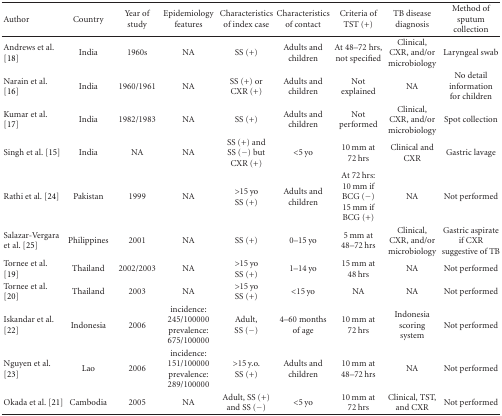
<table><thead><tr><td><b> Author</b></td><td><b>Country</b></td><td><b>Year of study</b></td><td><b>Epidemiology features</b></td><td><b>Characteristics of index case</b></td><td><b>Characteristics of contact</b></td><td><b>Criteria of TST (+)</b></td><td><b>TB disease diagnosis</b></td><td><b>Method of sputum collection</b></td></tr></thead><tbody><tr><td>Andrews et al. [18]</td><td>India</td><td>1960s</td><td>NA</td><td> SS (+)</td><td> Adults and children</td><td>At 48–72 hrs, not specified</td><td> Clinical, CXR, and/or microbiology</td><td>Laryngeal swab</td></tr><tr><td>Narain et al. [16]</td><td>India</td><td>1960/1961</td><td>NA</td><td>SS (+) or CXR (+)</td><td>Adults and children</td><td>Not explained</td><td>NA</td><td>No detail information for children</td></tr><tr><td>Kumar et al. [17]</td><td>India</td><td>1982/1983</td><td>NA</td><td> SS (+)</td><td>Adults and children</td><td>Not performed</td><td>Clinical, CXR, and/or microbiology</td><td>Spot collection</td></tr><tr><td>Singh et al. [15]</td><td>India</td><td>NA</td><td>NA</td><td>SS (+) and SS (−) but CXR (+)</td><td>&lt;5 yo</td><td>10 mm at 72 hrs</td><td>Clinical and CXR</td><td>Gastric lavage</td></tr><tr><td>Rathi et al. [24]</td><td>Pakistan</td><td>1999</td><td>NA</td><td>&gt;15 yo SS (+)</td><td>Adults and children</td><td>At 72 hrs: 10 mm if BCG (−) 15 mm if BCG (+)</td><td>NA</td><td>Not performed</td></tr><tr><td>Salazar-Vergara et al. [25]</td><td>Philippines</td><td>2001</td><td>NA</td><td>SS (+)</td><td>0–15 yo</td><td>5 mm at 48–72 hrs</td><td>Clinical, CXR, and/or microbiology</td><td>Gastric aspirate if CXR suggestive of TB</td></tr><tr><td>Tornee et al. [19]</td><td>Thailand</td><td>2002/2003</td><td>NA</td><td>&gt;15 yo SS (+)</td><td>1–14 yo</td><td>15 mm at 48 hrs</td><td>NA</td><td>Not performed</td></tr><tr><td>Tornee et al. [20]</td><td>Thailand</td><td> 2003</td><td>NA</td><td>&gt;15 yo SS (+)</td><td>&lt;15 yo</td><td>NA</td><td>NA</td><td>Not performed</td></tr><tr><td>Iskandar et al. [22]</td><td>Indonesia</td><td>2006</td><td>incidence: 245/100000 prevalence: 675/100000</td><td>Adult, SS (−)</td><td>4–60 months of age</td><td>10 mm at 72 hrs</td><td>Indonesia scoring system</td><td>Not performed</td></tr><tr><td>Nguyen et al. [23]</td><td>Lao</td><td>2006</td><td>incidence: 151/100000 prevalence: 289/100000</td><td>&gt;15 y.o. SS (+)</td><td>Adults and children</td><td>10 mm at 48–72 hrs</td><td>NA</td><td>Not performed</td></tr><tr><td>Okada et al. [21]</td><td>Cambodia</td><td>2005</td><td>NA</td><td>Adult, SS (+) and SS (−)</td><td>&lt;5 yo</td><td>10 mm at 72 hrs</td><td>Clinical, TST, and CXR</td><td>Not performed</td></tr></tbody></table>